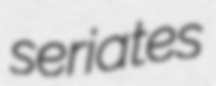
seriates